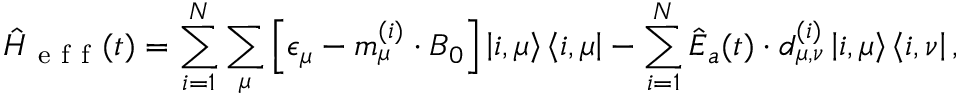
\hat { H } _ { \mathrm { ~ e ~ f ~ f ~ } } ( t ) = \sum _ { i = 1 } ^ { N } \sum _ { \mu } \left[ \epsilon _ { \mu } - \boldsymbol m _ { \mu } ^ { ( i ) } \cdot { \boldsymbol B } _ { 0 } \right] \left| i , \mu \right> \left< i , \mu \right| - \sum _ { i = 1 } ^ { N } \hat { \boldsymbol E } _ { a } ( t ) \cdot \boldsymbol d _ { \mu , \nu } ^ { ( i ) } \left| i , \mu \right> \left< i , \nu \right| ,